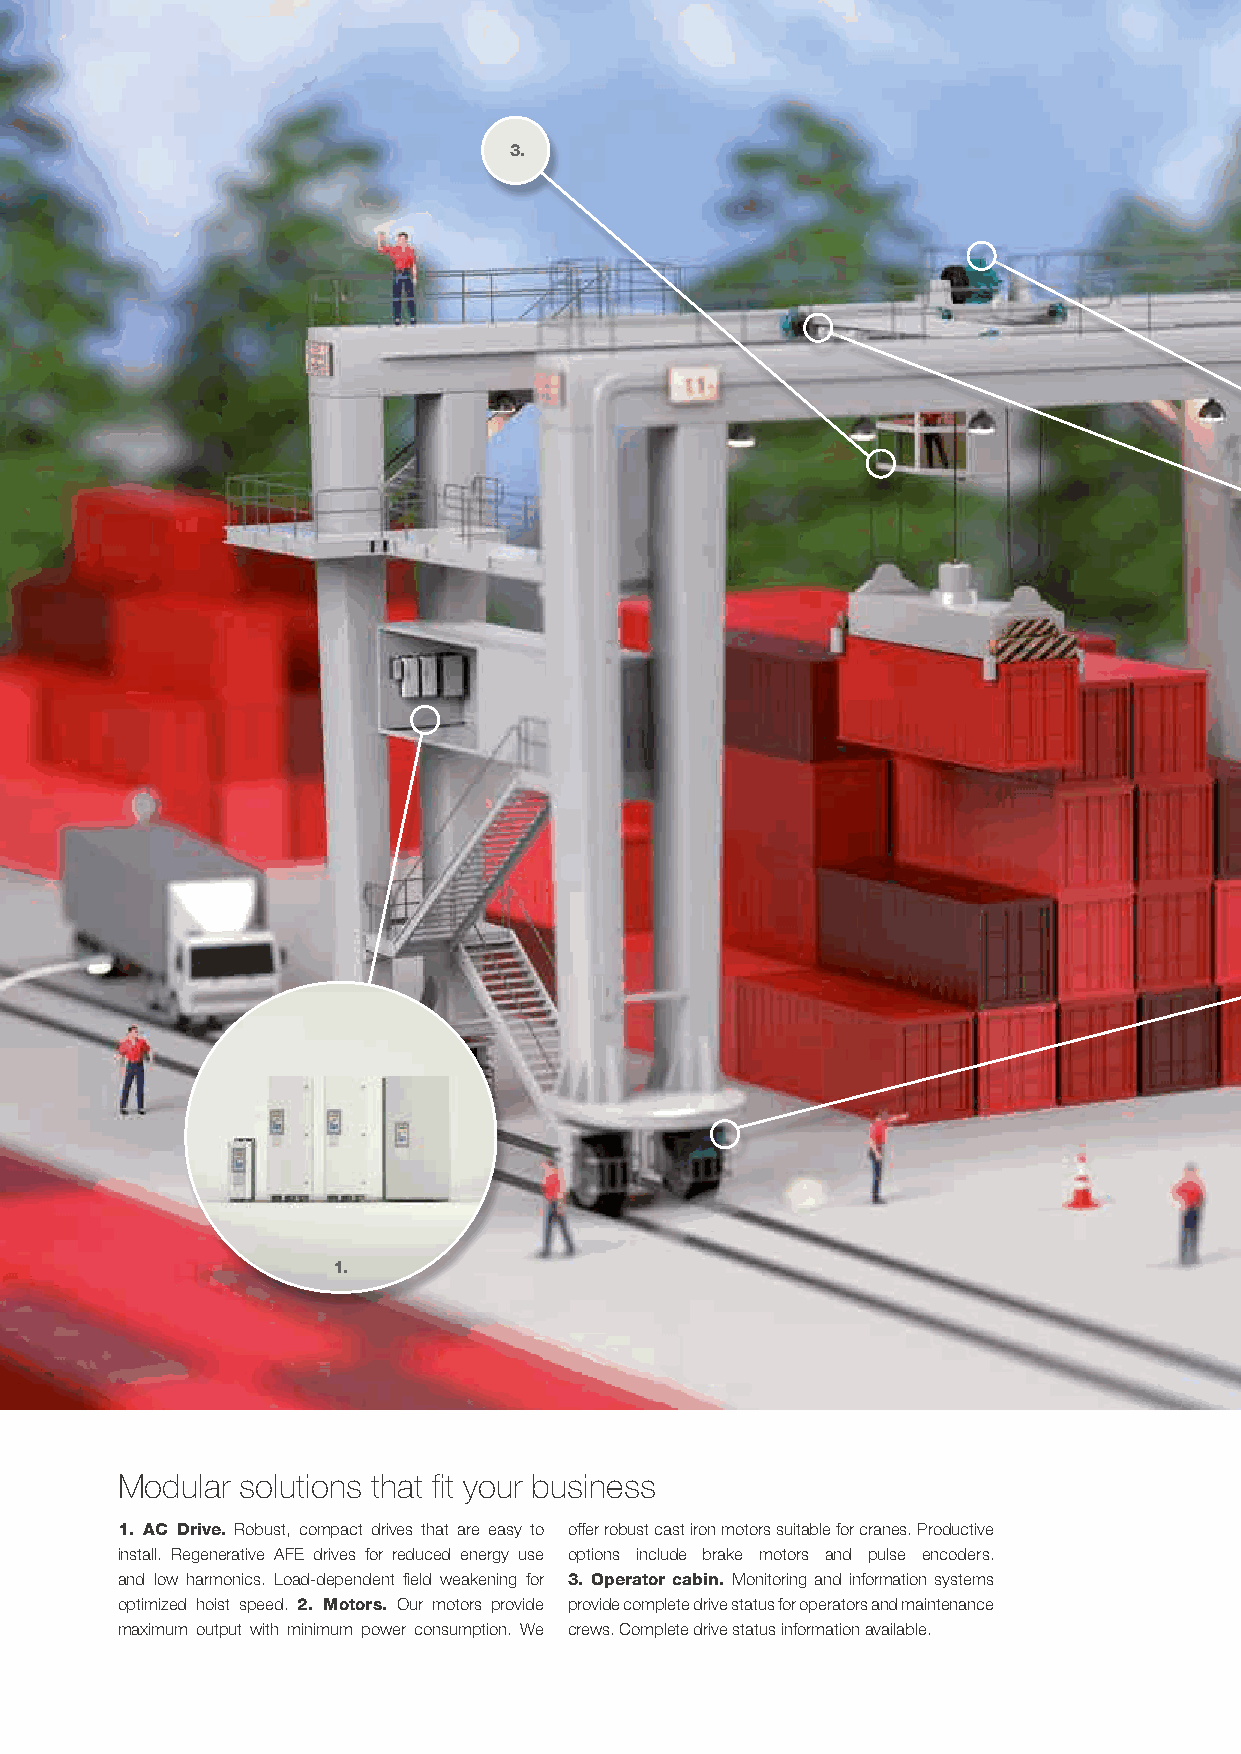
3.
 1.
 Modular solutions that fit your business
 1. AC Drive. Robust, compact drives that are easy to offer robust cast iron motors suitable for cranes. Productive
 install. Regenerative AFE drives for reduced energy use options include brake motors and pulse encoders.
 and low harmonics. Load-dependent field weakening for 3. Operator cabin. Monitoring and information systems
 optimized hoist speed. 2. Motors. Our motors provide provide complete drive status for operators and maintenance
 maximum output with minimum power consumption. We crews. Complete drive status information available.